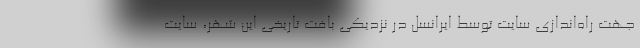
جهت راه‌اندازی سایت توسط ایرانسل در نزدیکی بافت تاریخی این شهر، سایت